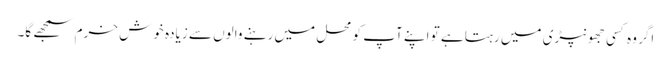
اگر وہ کسی جھونپڑی میں رہتا ہے تو اپنے آپ کو محل میں رہنے والوں سے زیادہ خوش خرم سمجھے گا۔